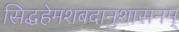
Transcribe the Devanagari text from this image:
सिद्धहेमशबदानुशासनम्